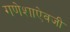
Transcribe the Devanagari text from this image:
गणेशाऐवजी